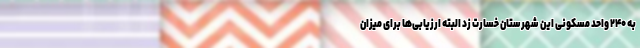
به ۲۴۰ واحد مسکونی این شهرستان خسارت زد البته ارزیابی‌ها برای میزان